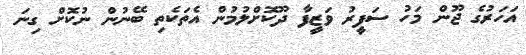
އަހަރުގެ ޖޫން މަހު ސަފީރު ވަޒީފާ ދޫކޮށްލުމުން އެތަކެތި ބޭނުން ނުކޮށް ގިނަ